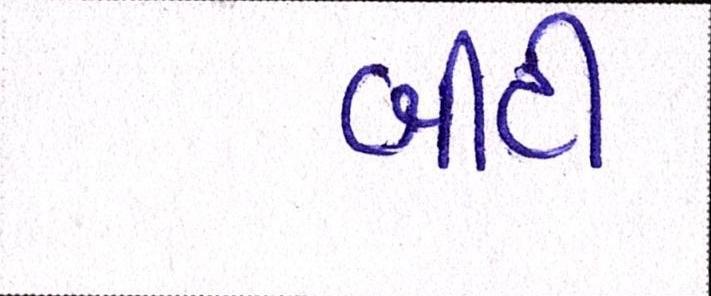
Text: બીટી